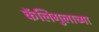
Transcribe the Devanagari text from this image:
कॅलिगुलाच्या